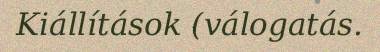
Kiállítások (válogatás.